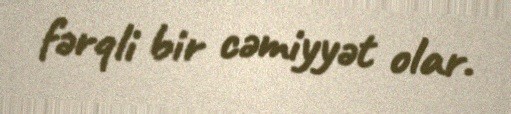
fərqli bir cəmiyyət olar.